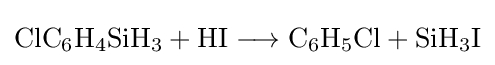
\mathrm {ClC_{6}H_{4}SiH_{3}+HI\longrightarrow C_{6}H_{5}Cl+SiH_{3}I}